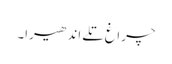
چراغ تلے اندھیرا۔